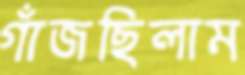
গাঁজছিলাম